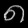
Digit: ၈